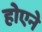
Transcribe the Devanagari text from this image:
होएने